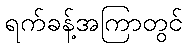
ရက်ခန့်အကြာတွင်